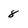
Character: 8